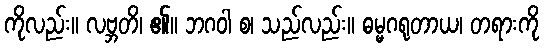
ကိုလည်း။ လဗ္ဘတိ၊ ၏။ ဘဂဝါ စ၊ သည်လည်း။ ဓမ္မဂရုတာယ၊ တရားကို